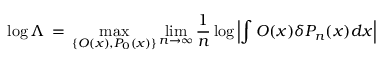
\log \Lambda \, = \, \operatorname* { m a x } _ { \{ { \cal O } ( x ) , P _ { 0 } ( x ) \} } \operatorname* { l i m } _ { n \to \infty } \frac { 1 } { n } \log \left| \int { \cal O } ( x ) \delta P _ { n } ( x ) d x \right|